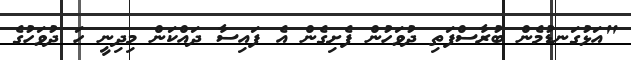
"އަޅުގަނޑުމެން ބުރާސްފަތި ދުވަހުން ފެށިގެން އެ ފައިސާ ދައްކަން މިދިނީ ހަ ދުވަހުގެ